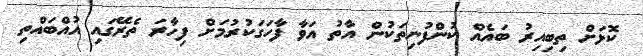
ކޮޅަށް ތިބިއިރު ބައެއް ކުންފުނިތަކުން އާތު އަވާ ފާހަގަކުރުމަށް ފިހާރަ ތެރޭގައި އުއްބައްތި